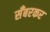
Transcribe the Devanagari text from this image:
सँबरकर